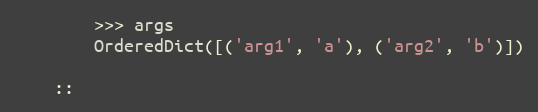
Language: Python
        >>> args
        OrderedDict([('arg1', 'a'), ('arg2', 'b')])

    ::